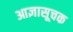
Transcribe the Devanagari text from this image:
आज्ञासूचक